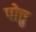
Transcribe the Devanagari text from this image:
पोत्तु